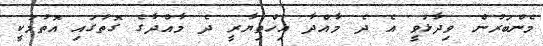
މެންބަރުން ވިދާޅުވީ އެ ދެ މާއްދާ އިހްތިޔާރީ ދެ މާއްދާގެ ގޮތުގައި އޮތުމަކީ